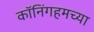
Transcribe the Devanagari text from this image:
कॉनिंगहमच्या